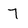
Character: 7